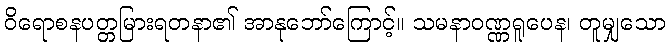
ဝိရောစနပတ္တမြားရတနာ၏ အာနုဘော်ကြောင့်။ သမနာဝဏ္ဏရူပေန၊ တူမျှသော